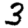
Digit: 3